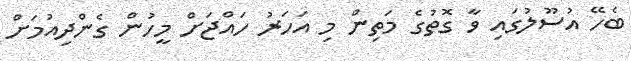
ބެހޭ އުސޫލުގައި ވާ ގޮތުގެ މަތިން މި އަހަރު ހައްޖަށް މީހުން ގެންދިއުމަށް